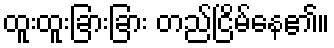
ထူးထူးခြားခြား တည်ငြိမ်နေ၏။